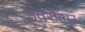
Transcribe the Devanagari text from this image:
उतरणार